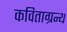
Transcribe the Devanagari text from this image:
कविताग्रन्थ